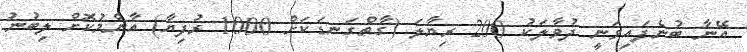
އޭނާ ބުނެފައިވަނީ ދުވާލަކު 200 ރިޔާލަ (ގާތްގަނޑަކަށް 1000 ރުފިޔާ) އާންމުކޮށް ލިބުނު